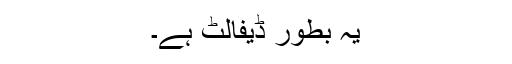
یہ بطور ڈیفالٹ ہے۔